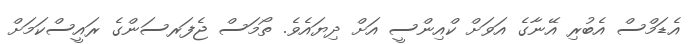
އެޑަމްސް އެބުރި އޭނާގެ އަވަށް ކްއިންސީ އަށް ދިޔައެވެ. ތޯމަސް ޖެފަރސަންގެ ރައީސްކަމަށް